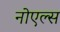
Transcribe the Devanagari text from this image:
नोएल्स